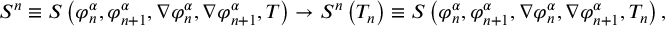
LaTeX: { \cal S } ^ { n } \equiv { \cal S } \left( \varphi _ { n } ^ { \alpha } , \varphi _ { n + 1 } ^ { \alpha } , \nabla \varphi _ { n } ^ { \alpha } , \nabla \varphi _ { n + 1 } ^ { \alpha } , T \right) \rightarrow { \cal S } ^ { n } \left( T _ { n } \right) \equiv { \cal S } \left( \varphi _ { n } ^ { \alpha } , \varphi _ { n + 1 } ^ { \alpha } , \nabla \varphi _ { n } ^ { \alpha } , \nabla \varphi _ { n + 1 } ^ { \alpha } , T _ { n } \right) ,